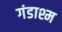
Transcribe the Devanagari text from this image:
गंडाश्म